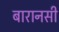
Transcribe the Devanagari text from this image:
बारानसी